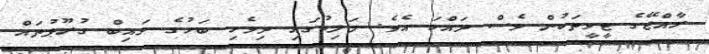
ރާއްޖޭގެ ޓީވީތަކުން ވެސް ދައްކަ އެވެ. މަލިކުގައި ދިވެހި ބަހުގެ ވައިބް ގުރޫޕުތައް